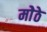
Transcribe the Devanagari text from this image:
मोेठे